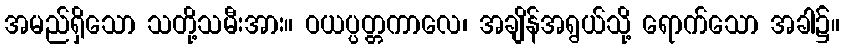
အမည်ရှိသော သတို့သမီးအား။ ဝယပ္ပတ္တကာလေ၊ အချိန်အရွယ်သို့ ရောက်သော အခါ၌။